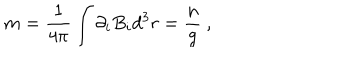
m = \frac { 1 } { 4 \pi } \int { \partial _ { i } B _ { i } d ^ { 3 } r } = \frac { n } { g } \ ,